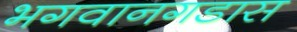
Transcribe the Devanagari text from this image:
भगवानगडास